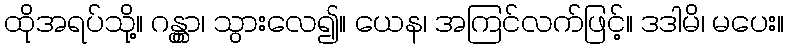
ထိုအရပ်သို့။ ဂန္တွာ၊ သွားလေ၍။ ယေန၊ အကြင်လက်ဖြင့်။ ဒဒါမိ၊ မပေး။